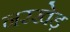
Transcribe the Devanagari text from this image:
नरखेड़